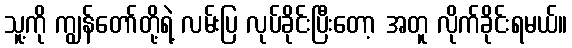
သူ့ကို ကျွန်တော်တို့ရဲ့ လမ်းပြ လုပ်ခိုင်းပြီးတော့ အတူ လိုက်ခိုင်းရမယ်။